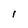
Character: I